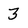
Character: 3